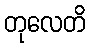
တုလေတိ